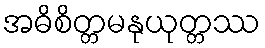
အဓိစိတ္တမနုယုတ္တဿ